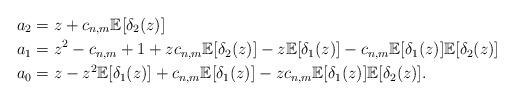
LaTeX: \begin{align*} & a_2 = z + c_{n,m} \mathbb{E}[\delta_2(z)] \\ & a_1 = z^2 -c_{n,m} +1 +z c_{n,m} \mathbb{E}[\delta_2(z)]-z \mathbb{E}[\delta_1(z)]-c_{n,m} \mathbb{E}[\delta_1(z)]\mathbb{E}[\delta_2(z)]\\ & a_0 = z - z^2 \mathbb{E}[\delta_1(z)] + c_{n,m} \mathbb{E}[\delta_1(z)] - z c_{n,m} \mathbb{E}[\delta_1(z)]\mathbb{E}[\delta_2(z)]. \end{align*}